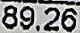
89.26